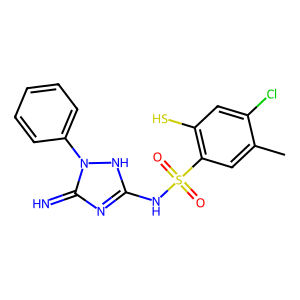
SMILES: Cc1cc(S(=O)(=O)Nc2nc(=N)n(-c3ccccc3)[nH]2)c(S)cc1Cl
Inhibits HIV replication: Yes